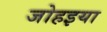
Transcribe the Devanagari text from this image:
जोहइया